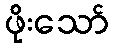
ဖိုးသော်